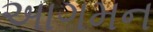
અાગમન